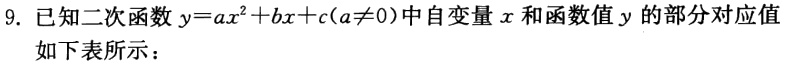
9. 已知二次函数$y = ax^{2}+bx + c(a\neq0)$中自变量$x$和函数值$y$的部分对应值如下表所示：